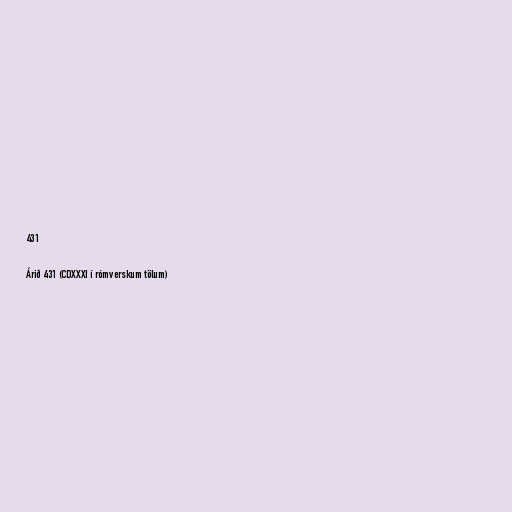
431

Árið 431 (CDXXXI í rómverskum tölum)